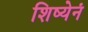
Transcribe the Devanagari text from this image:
शिष्येनं